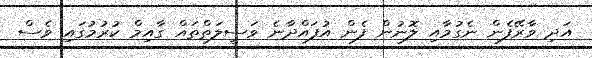
އަދި ވާރޭފެން ނެގުމާއި ލޮނުން ފެން އުފައްދާނެ ވަސީލަތްތައް ގާއިމް ކުރުމުގައި ވެސް